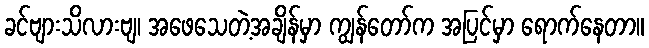
ခင်ဗျားသိလားဗျ၊ အဖေသေတဲ့အချိန်မှာ ကျွန်တော်က အပြင်မှာ ရောက်နေတာ။